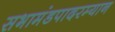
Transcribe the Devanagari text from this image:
सभामंडपादरम्यान